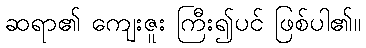
ဆရာ၏ ကျေးဇူး ကြီး၍ပင် ဖြစ်ပါ၏။